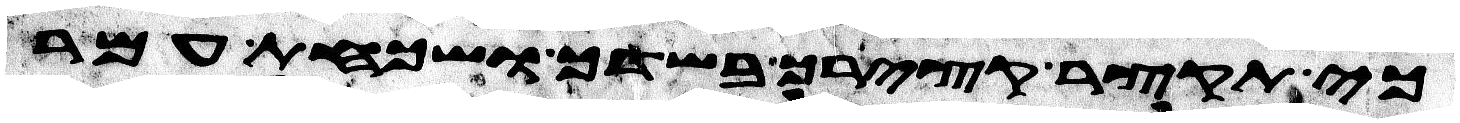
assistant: כי תקצר קצירך בשדך ושכחת עמר